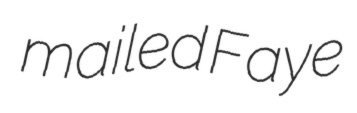
mailed Faye